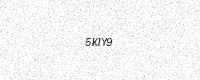
Text: 5KIY9